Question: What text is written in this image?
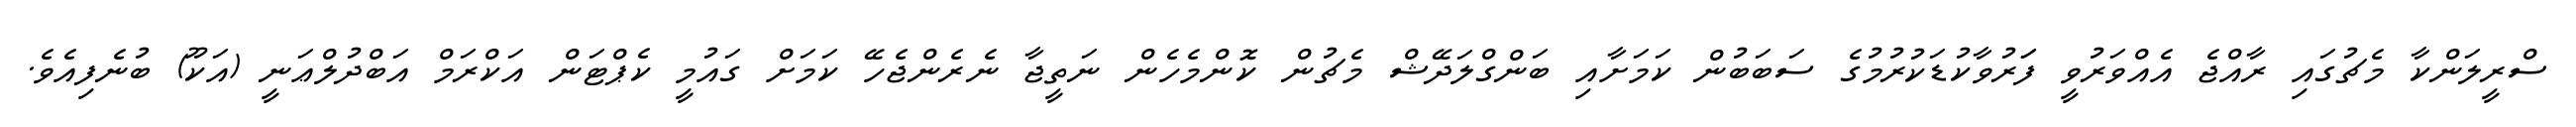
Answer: ސްރީލަންކާ މެޗުގައި ރާއްޖެ އެއްވަރުވީ ފަަރުވާކުޑަކުރުމުގެ ސަބަބުން ކަމަށާއި ބަންގްލަދޭޝް މެޗުން ކޮންމެހެން ނަތީޖާ ނެރެންޖެހޭ ކަމަށް ގައުމީ ކެޕްޓަން އަކްރަމް އަބްދުލްޢަނީ (އަކޫ) ބުނެފިއެވެ.